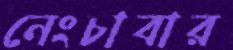
নেংচাবার